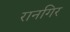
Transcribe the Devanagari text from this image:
रानगिर